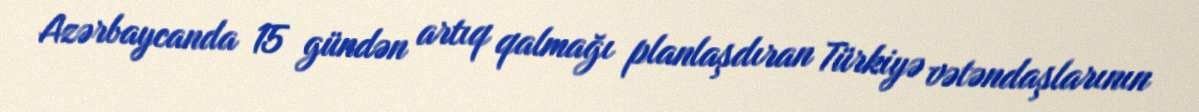
Azərbaycanda 15 gündən artıq qalmağı planlaşdıran Türkiyə vətəndaşlarının